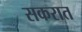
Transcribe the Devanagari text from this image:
सकरात